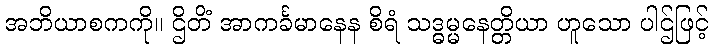
အဘိယာစကကို။ ဌိတိံ အာကင်္ခမာနေန စိရံ သဒ္ဓမ္မနေတ္တိယာ ဟူသော ပါဌ်ဖြင့်